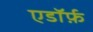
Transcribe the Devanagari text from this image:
एडॉर्फ़